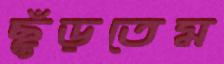
ছুঁড়তেম